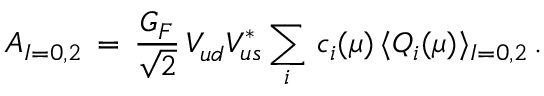
A _ { I = 0 , 2 } \, = \, \frac { G _ { F } } { \sqrt { 2 } } \, V _ { u d } ^ { } V _ { u s } ^ { * } \sum _ { i } \, c _ { i } ( \mu ) \, \langle Q _ { i } ( \mu ) \rangle _ { I = 0 , 2 } \, .